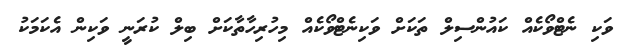
ވަކި ނެޓްވޯކެއް ކައުންސިލް ތަކަށް ވަކިނެޓްވޯކެއް މިހުރިހާތާކަށް ބިލް ކުރަނީ ވަކިން އެކަމަކު